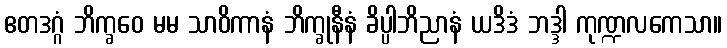
ဧတဒဂ္ဂံ ဘိက္ခဝေ မမ သာဝိကာနံ ဘိက္ခုနီနံ ခိပ္ပါဘိညာနံ ယဒိဒံ ဘဒ္ဒါ ကုဏ္ဍလကေသာ။